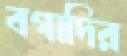
বগাদির